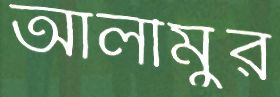
আলীমুর